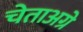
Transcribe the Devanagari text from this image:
चेताअग्रे